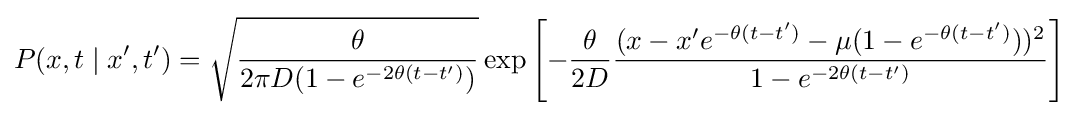
P(x,t\mid x',t')={\sqrt {\frac {\theta }{2\pi D(1-e^{-2\theta (t-t')})}}}\exp \left[-{\frac {\theta }{2D}}{\frac {(x-x'e^{-\theta (t-t')}-\mu (1-e^{-\theta (t-t')}))^{2}}{1-e^{-2\theta (t-t')}}}\right]